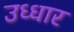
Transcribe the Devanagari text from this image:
उध्धार